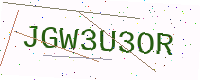
Text: JGW3U3OR